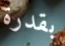
بقدرة